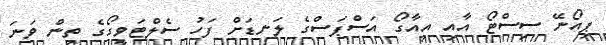
ޕިއޯނޭ ސިސްޓޯ އާއި އިއާގޯ އަސްޕަސްގެ ލަނޑަށް ފަހު ސެލްޓަވީގޯގެ ތިން ވަނަ